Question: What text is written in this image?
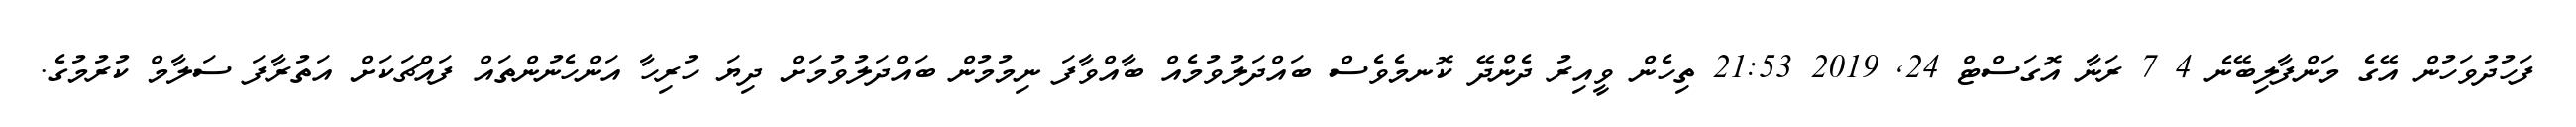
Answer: ފަހުދުވަހުން އޭގެ މަންފާލިބޭނެ 4 7 ރަނާ އޮގަސްޓް 24, 2019 21:53 ތިހެން ވީއިރު ދެންދޭ ކޮނމެވެސް ބައްދަލުވުމެއް ބާއްވާފަ ނިމުމުން ބައްދަލުވުމަށް ދިޔަ ހުރިހާ އަންހެނުންތައް ފައްޗަކަށް އަތުރާފަ ސަލާމް ކުރުމުގެ.